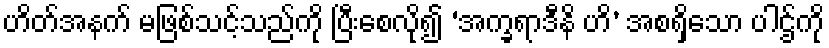
ဟိတ်အနက် မဖြစ်သင့်သည်ကို ပြီးစေလို၍ ‘အက္ခရာဒီနိ ဟိ’ အစရှိသော ပါဌ်ကို